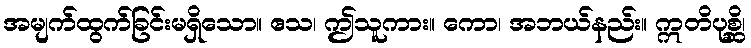
အမျက်ထွက်ခြင်းမရှိသော။ ဧသ၊ ဤသူကား။ ကော၊ အဘယ်နည်း။ ဣတိပုစ္ဆိ၊